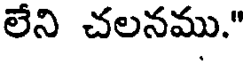
లేని చలనము."